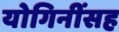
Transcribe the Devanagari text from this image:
योगिनींसह